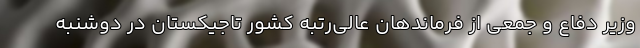
وزیر دفاع و جمعی از فرماندهان عالی‌رتبه کشور تاجیکستان در دوشنبه